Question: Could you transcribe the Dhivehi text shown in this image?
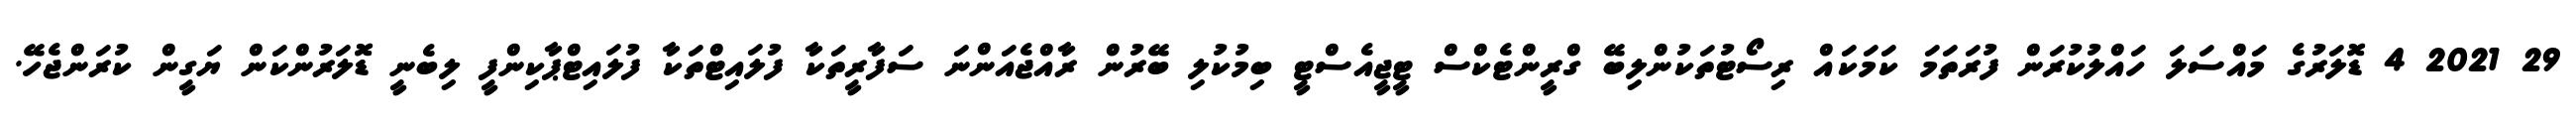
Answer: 29 2021 4 ޑޮލަރުގެ މައްސަލަ ހައްލުކުރަން ފުރަތަމަ ކަމަކައް ރިސޯޓުތަކުންލިބޭ ގްރީންޓެކްސް ޓީޖީއެސްޓީ ބިމުކުލި ބޭރުން ރާއްޖެއަންނަ ސަފާރީތަކާ ފުލައިޓްތަކާ ފުލައިޓްޕާކިންފީ ލިބެނީ ޑޮލަރުންކަން ޔަގީން ކުރަންޖެހޭ.